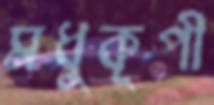
মধুকূপী